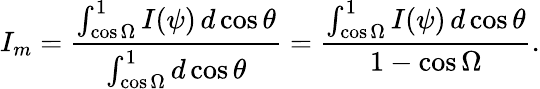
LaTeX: I_{m}={\frac{\int_{\cos\Omega}^{1}I(\psi)\, d\cos\theta}{\int_{\cos\Omega}^{1}d\cos\theta}}={\frac{\int_{\cos\Omega}^{1}I(\psi)\, d\cos\theta}{1-\cos\Omega}}.